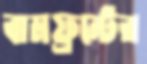
বামফ্রন্টের